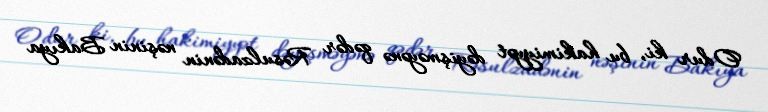
Odur ki, bu hakimiyyət dəyişməyənə qədər Rəsulzadənin nəşinin Bakıya